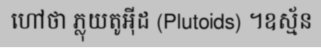
ហៅថា ភ្លុយតូអ៊ីដ (Plutoids) ។ឧស្ម័ន